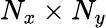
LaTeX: N_{x}\times N_{y}